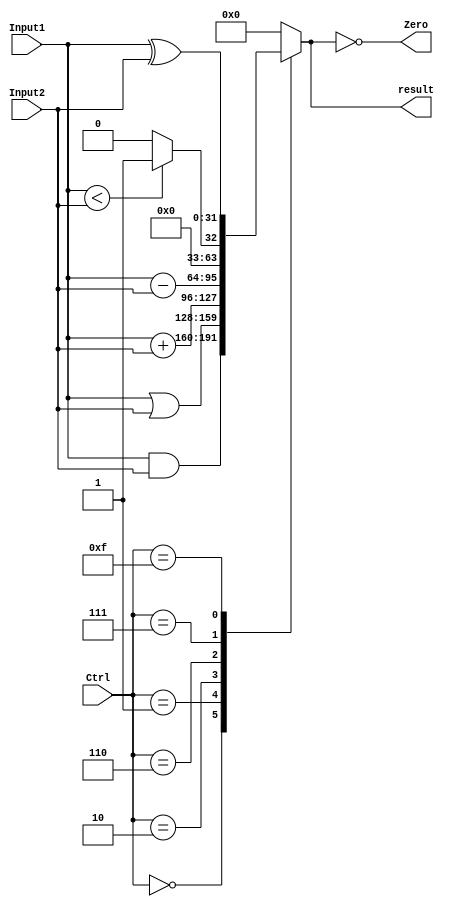
module ALU(                             //算术逻辑单元
    input [31:0]  Input1,                //输入端口一
    input [31:0]  Input2,                //输入端口二
    input [3:0]   Ctrl,                  //ALUcontrol输出的控制信号
    output        Zero,                  //Zero标志位
    output [31:0] result                 //运算结果
    );
    reg [31:0] result;
    
   
    always @(*)
        case(Ctrl[3:0])
            4'b0000: result = Input1 & Input2;          //AND，与运算
            4'b0001: result = Input1 | Input2;          //OR，或运算
            4'b0010: result = Input1 + Input2;          //ADD，加法运算
            4'b0110: result = Input1 - Input2;          //SUB，减法运算
            4'b0111:                                    //slt运算
               begin
                   if(Input1 < Input2)                  //如果输入一 < 输入二
                      result = 1'b1;                    //结果为1
                  else result = 1'b0;                   //其他情况，结果为0
               end
            4'b1111:
                result = Input1 ^ Input2;               //异或运算        
            default: result = 32'b0;                    //溢出情况，输出结果为0
        endcase
        
    assign Zero = (result == 0);                        //Zero标志位，如果结果为0，标为1；不为0，标为0
 endmodule